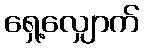
ရှေ့လျှောက်